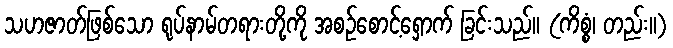
သဟဇာတ်ဖြစ်သော ရုပ်နာမ်တရားတို့ကို အစဉ်စောင့်ရှောက် ခြင်းသည်။ (ကိစ္စံ၊ တည်း။)